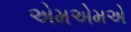
એમએમએ